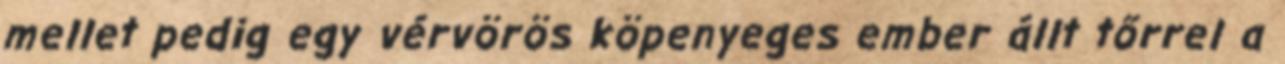
mellet pedig egy vérvörös köpenyeges ember állt tőrrel a